Scottish Leaving Certificate Examination, 1956
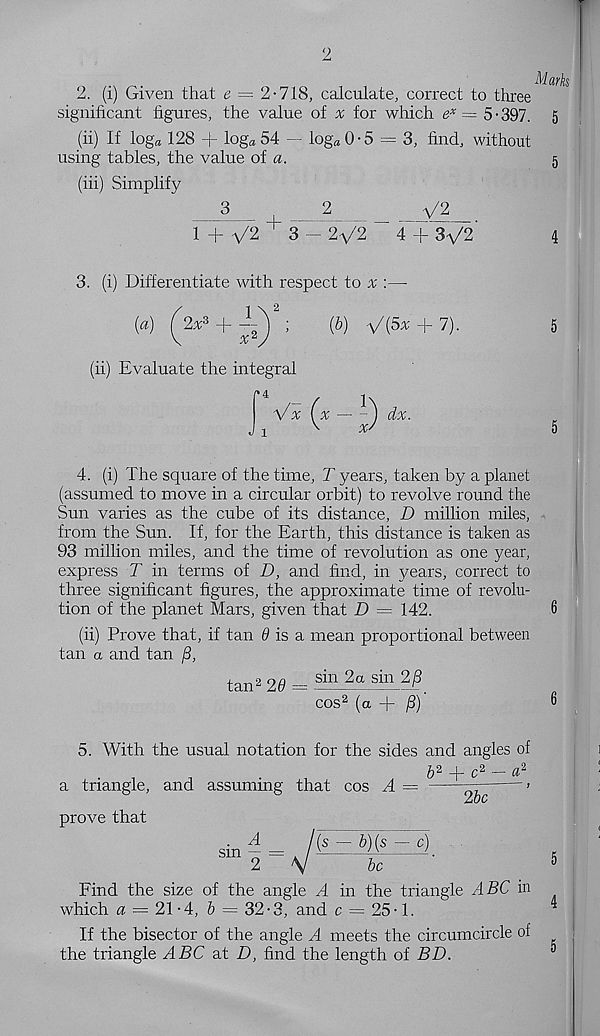
2
2. (i) Given that e = 2-718, calculate, correct to three
significant figures, the value of a; for which e x = 5-397.
(ii) If loga 128 + loga54 — log*0-5 = 3, find, without
using tables, the value of a.
(in) Simplify
3_
2
_ __ V2
1 : v'2
3 — 2\/2
4 + 3^/2
Marks
5
5
3. (i) Differentiate with respect to :—
(a) ^2x 3 +
;
{b) ^{5x + 7).
(ii) Evaluate the integral
5
5
4. (i) The square of the time, T years, taken by a planet
(assumed to move in a circular orbit) to revolve round the
Sun varies as the cube of its distance, D million miles,
from the Sun. If, for the Earth, this distance is taken as
93 million miles, and the time of revolution as one year,
express T in terms of D, and find, in years, correct to
three significant figures, the approximate time of revolu-
tion of the planet Mars, given that D = 142.
6
(ii) Prove that, if tan 0 is a mean proportional between
tan a and tan /3,
tan 2 20 = - in 2a sin2 fi,
cos 2 (a -j- /3)
6
5. With the usual notation for the sides and angles of
& 2 -f- c 2 — # 2
a triangle, and assuming that cos A =
2bc
prove that
sm —
1 _
{s ~ b) (s - c)
2
V
be
Find the size of the angle A in the triangle ABC in
which a = 2\-A, & = 32-3, and c = 25-1.
If the bisector of the angle A meets the circumcircle of
the triangle ABC at D, find the length oi BD.